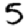
Digit: 5